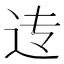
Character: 𲅐